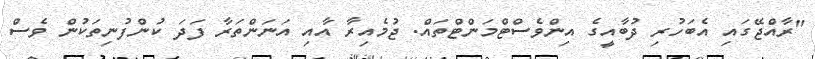
"ރާއްޖޭގައި އެބަހުރި ދުބާއީގެ އިންވެސްޓްމަންޓްތައް. ޖުމެއިރާ އާއި އަނަންތަރާ ފަދަ ކުންފުނިތަކުން ވެސް